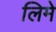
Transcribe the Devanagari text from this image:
लिमे